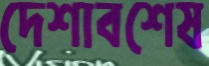
দেশাবশেষ